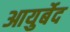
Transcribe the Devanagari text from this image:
आयुर्बेद